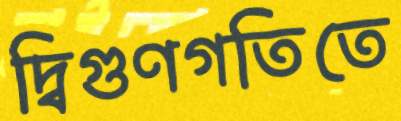
দ্বিগুণগতিতে